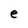
Character: e